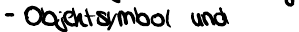
- Objektsymbol und